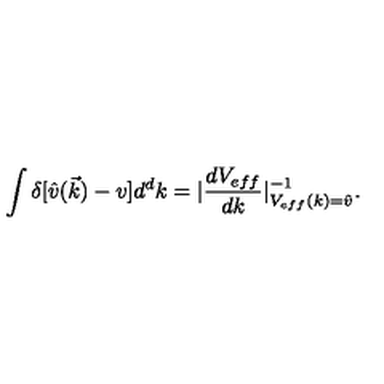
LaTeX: \int \delta [ \hat { v } ( \vec { k } ) - v ] d ^ { d } k = | \frac { d V _ { e f f } } { d k } | _ { V _ { e f f } ( k ) = \hat { v } } ^ { - 1 } .